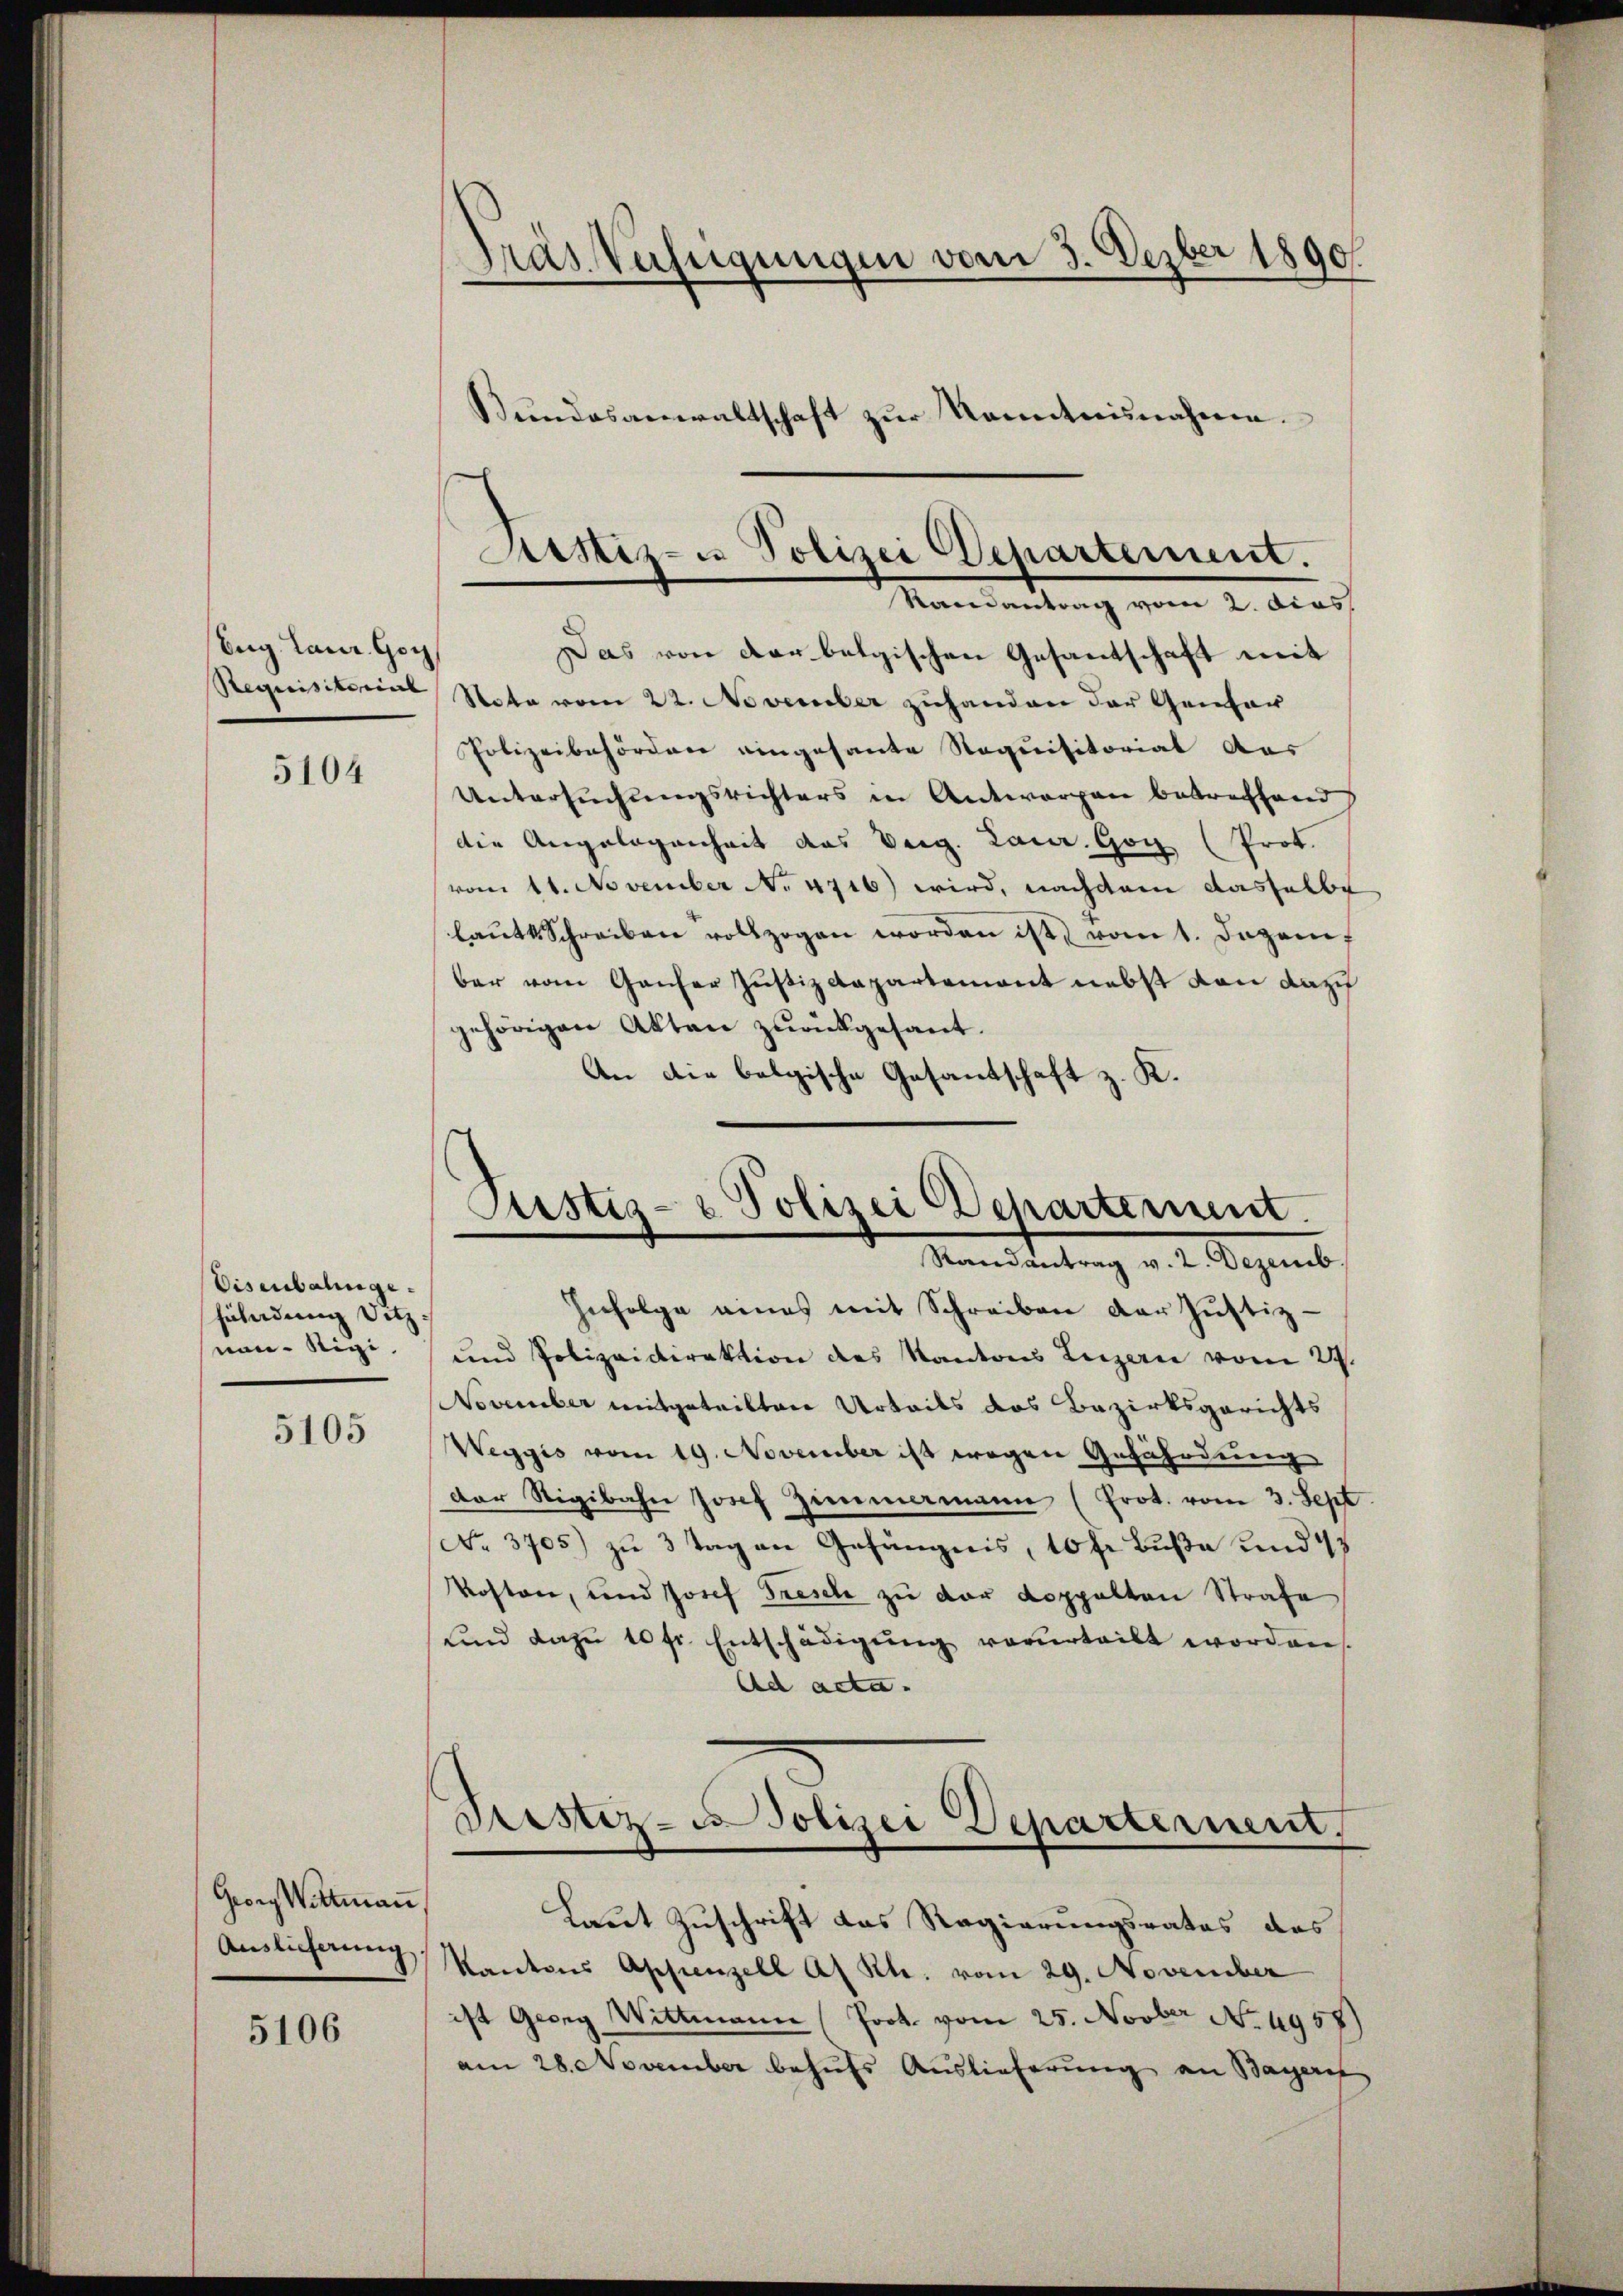
Eng Laur. Gen

5104

Eisenbahngefühndung Sitz
von Rigi.

5105

Georg Wittmaṅ
Auslicherung

5106

Dräs Verfügungen vom 3. Dezber 1890.
Sŭndesanwaltschaft zŭr Kenntnisnahmen.

Das von darbelgischen Gesantschaft mit
Requisitorial Nota vom 22. November zuhanden der Genfor
Polizeibehördere eingesante Requisitorial aus
Untersuchungsrichters in Antworten betreffend
die Angelegenheit das Verg. Laur. Gon (Prot.
vom 11. November No. 4716) wird, nachdem dasselbe
laŭtt Schreiben vollzogen worden ist, vom 1. Dezembar vom Ganzer Justiz Rapartement nebst von dazu
gehörigen Akten zurückgesant.
An die belgische Gesandschaft z. K.
Justiz- & Polizei Departement.
Randantrag v. 2. Dezemb.
Infolge eines mit Schreiben der Justiz-
und Polizeidirektion des Kantons Luzern vom 29.
November mitgeteilten Urteils das Bezirksgerichts
Weggis vom 19. November ist wegen Gefährdung
der Rigibahn Josef Zimmamann (Prot. vom 3. Sept
No. 3705) zu 3 Tag an Gefängnis, 10 fr. Buße und 45
Kosten, und Josef Fresele zu der Koppelten Strafe
ŭnd dazu 10 fl. Entschädigŭng vorurteilt worden.
Ad acta.
Pristiz- u Polizei Departerient.

Arstiz- u Polizei Departement.
Randantrag vom 2. dies

Laut Zuschrift das Regierungsrates des
Kantons Appenzell A. Rh. vom 29. November
ist Georg Wittmann (Prot. vom 25. Novber No. 4958)
am 28. November behufs Auslieferung an Bayeris